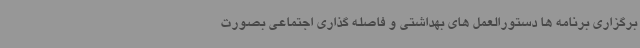
برگزاری برنامه ها دستورالعمل های بهداشتی و فاصله گذاری اجتماعی بصورت